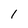
Character: l